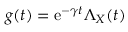
g ( t ) = \mathrm { e } ^ { - \gamma t } \Lambda _ { X } ( t )